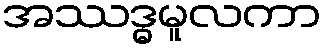
အဿဒ္ဓမူလကာ